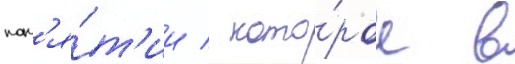
пон'я́т'ии / кото́рое в